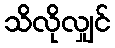
သိလိုလျှင်